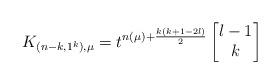
LaTeX: \begin{align*}K_{(n-k, 1^k), \mu}&=t^{n(\mu)+\frac{k(k+1-2l)}2}\left[\begin{matrix}l-1\\ k\end{matrix}\right]\end{align*}